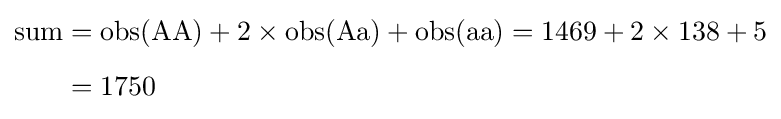
{\begin{aligned}{\text{sum}}&={\mathrm {obs} ({\text{AA}})+2\times \mathrm {obs} ({\text{Aa}})+\mathrm {obs} ({\text{aa}})}={1469+2\times 138+5}\\[5pt]&=1750\end{aligned}}